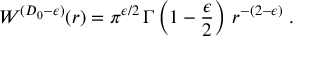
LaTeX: W ^ { ( { D _ { 0 } } - \epsilon ) } ( r ) = \pi ^ { \epsilon / 2 } \, \Gamma \left( 1 - \frac { \epsilon } { 2 } \right) \, r ^ { - ( 2 - \epsilon ) } \; .